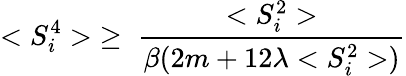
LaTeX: <S_{i}^{4}>\; \ge\; \frac{<S_{i}^{2}>}{\beta(2m+12\lambda<S_{i}^{2}>)}